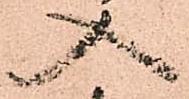
入